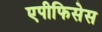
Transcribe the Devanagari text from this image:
एपीफिसेस